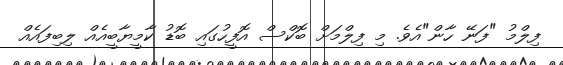
ފިލްމު "ފަނޭ ހާން"އެވެ. މި ފިލްމަށް ބޮކްސް އޮފީހުގައި ބޮޑު ކާމީޔާބީއެއް ލިބިފައެއް